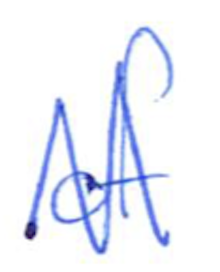
Text: of
Cross-out: zig-zag
Writing tool: ballpoint